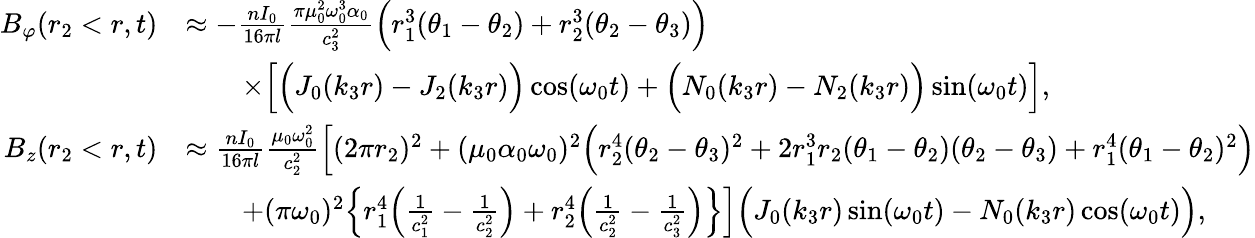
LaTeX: \begin{array}{rl}{B_{\varphi}(r_{2}<r,t)}&{\approx-\frac{nI_{0}}{16\pi l}\frac{\pi\mu_{0}^{2}\omega_{0}^{3}\alpha_{0}}{c_{3}^{2}}\Big(r_{1}^{3}(\theta_{1}-\theta_{2})+r_{2}^{3}(\theta_{2}-\theta_{3})\Big)}\\ &{\qquad\times\Big[\Big(J_{0}(k_{3}r)-J_{2}(k_{3}r)\Big)\cos(\omega_{0}t)+\Big(N_{0}(k_{3}r)-N_{2}(k_{3}r)\Big)\sin(\omega_{0}t)\Big],}\\ {B_{z}(r_{2}<r,t)}&{\approx\frac{nI_{0}}{16\pi l}\frac{\mu_{0}\omega_{0}^{2}}{c_{2}^{2}}\Big[(2\pi r_{2})^{2}+(\mu_{0}\alpha_{0}\omega_{0})^{2}\Big(r_{2}^{4}(\theta_{2}-\theta_{3})^{2}+2r_{1}^{3}r_{2}(\theta_{1}-\theta_{2})(\theta_{2}-\theta_{3})+r_{1}^{4}(\theta_{1}-\theta_{2})^{2}\Big)}\\ &{\qquad+(\pi\omega_{0})^{2}\Big\{ r_{1}^{4}\Big(\frac{1}{c_{1}^{2}}-\frac{1}{c_{2}^{2}}\Big)+r_{2}^{4}\Big(\frac{1}{c_{2}^{2}}-\frac{1}{c_{3}^{2}}\Big)\Big\} \Big]\Big(J_{0}(k_{3}r)\sin(\omega_{0}t)-N_{0}(k_{3}r)\cos(\omega_{0}t)\Big),}\end{array}